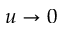
u \to 0